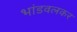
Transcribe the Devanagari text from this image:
भांडवलकर